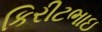
કિરીટભાઇ